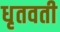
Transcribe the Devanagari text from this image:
धृतवती